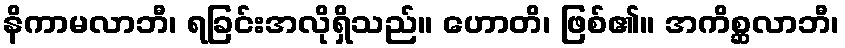
နိကာမလာဘီ၊ ရခြင်းအလိုရှိသည်။ ဟောတိ၊ ဖြစ်၏။ အကိစ္ဆလာဘီ၊